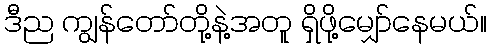
ဒီည ကျွန်တော်တို့နဲ့အတူ ရှိဖို့မျှော်နေမယ်။